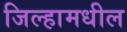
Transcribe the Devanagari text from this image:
जिल्हामधील